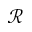
\mathcal { R }